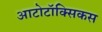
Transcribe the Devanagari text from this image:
आटोटॉक्सिकस